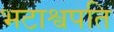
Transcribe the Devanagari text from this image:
भटाश्वपति